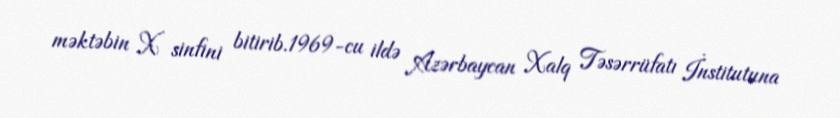
məktəbin X sinfini bitirib.1969-cu ildə Azərbaycan Xalq Təsərrüfatı İnstitutuna